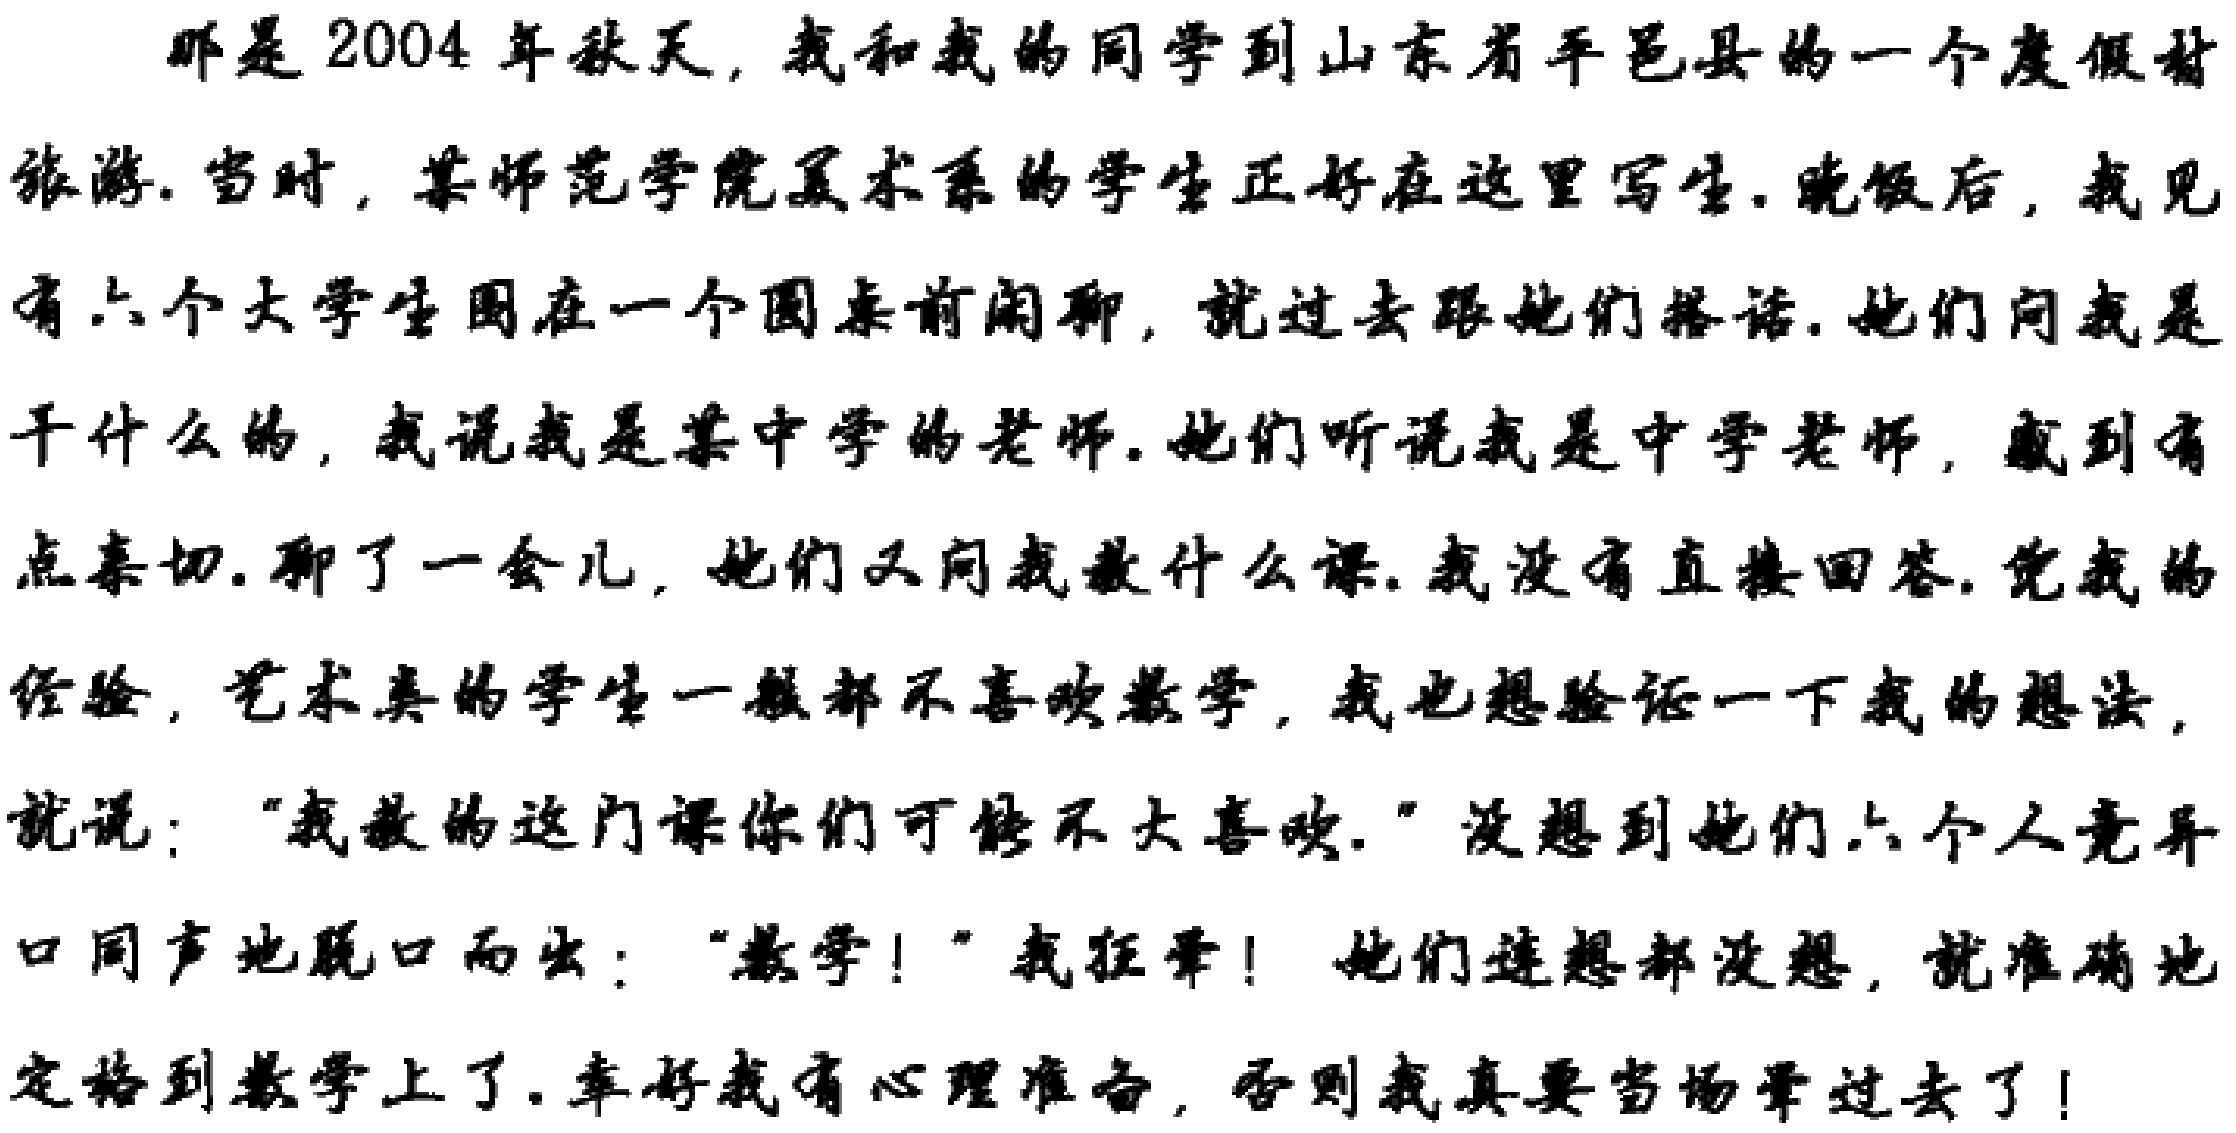
那是2004 年秋天, 我和我的同学到山东省平邑县的一个度假村
旅游. 当时, 某师范学院美术系的学生正好在这里写生. 晚饭后, 我见
有六个大学生围在一个圆桌前闲聊, 就过去跟他们搭话. 他们问我是
干什么的, 我说我是某中学的老师. 他们听说我是中学老师, 感到有
点亲切. 聊了一会儿, 她们又问我教什么课. 我没有直接回答. 凭我的
经验, 艺术类的学生一般都不喜欢数学, 我也想验证一下我的想法,
就说: “我教的这门课你们可能不大喜欢.” 没想到她们六个人竟异
口同声地脱口而出: “数学! ” 我狂晕! 她们连想都没想, 就准确地
定格到数学上了. 幸好我有心理准备, 否则我真要当场晕过去了!